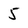
Character: 5